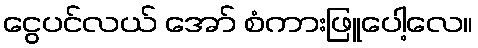
ငွေပင်လယ် အော် စံကားဖြူပေါ့လေ။